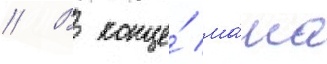
// В конце́ ма́ма